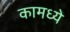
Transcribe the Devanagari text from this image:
कामध्ये